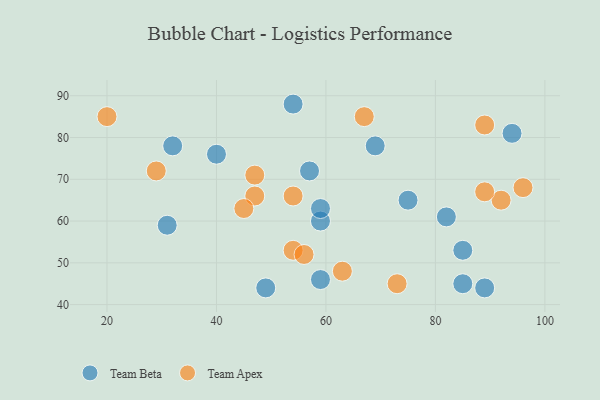
{"axis": {"x": "GDP", "y": "Life Expectancy"}, "legend": ["Team Apex", "Team Beta"], "data": [{"x": "59", "y": 60, "type": "Team Beta"}, {"x": "59", "y": 63, "type": "Team Beta"}, {"x": "85", "y": 53, "type": "Team Beta"}, {"x": "69", "y": 78, "type": "Team Beta"}, {"x": "31", "y": 59, "type": "Team Beta"}, {"x": "57", "y": 72, "type": "Team Beta"}, {"x": "82", "y": 61, "type": "Team Beta"}, {"x": "59", "y": 46, "type": "Team Beta"}, {"x": "54", "y": 88, "type": "Team Beta"}, {"x": "49", "y": 44, "type": "Team Beta"}, {"x": "94", "y": 81, "type": "Team Beta"}, {"x": "89", "y": 44, "type": "Team Beta"}, {"x": "40", "y": 76, "type": "Team Beta"}, {"x": "85", "y": 45, "type": "Team Beta"}, {"x": "75", "y": 65, "type": "Team Beta"}, {"x": "32", "y": 78, "type": "Team Beta"}, {"x": "20", "y": 85, "type": "Team Apex"}, {"x": "92", "y": 65, "type": "Team Apex"}, {"x": "54", "y": 53, "type": "Team Apex"}, {"x": "54", "y": 66, "type": "Team Apex"}, {"x": "47", "y": 66, "type": "Team Apex"}, {"x": "96", "y": 68, "type": "Team Apex"}, {"x": "45", "y": 63, "type": "Team Apex"}, {"x": "63", "y": 48, "type": "Team Apex"}, {"x": "89", "y": 83, "type": "Team Apex"}, {"x": "47", "y": 71, "type": "Team Apex"}, {"x": "73", "y": 45, "type": "Team Apex"}, {"x": "29", "y": 72, "type": "Team Apex"}, {"x": "89", "y": 67, "type": "Team Apex"}, {"x": "56", "y": 52, "type": "Team Apex"}, {"x": "67", "y": 85, "type": "Team Apex"}]}